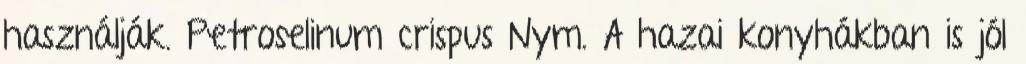
használják. Petroselinum crispus Nym. A hazai konyhákban is jól